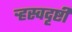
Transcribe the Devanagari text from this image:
ऱ्हस्वदृष्टी